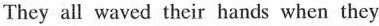
They all waved their hands when they